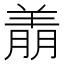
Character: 𬙶